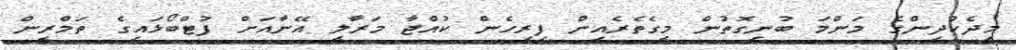
މިދެކުދިންގެ މަންމަ ބުނިގޮތުން މީގެތެރެއިން ފިރިހެން ކުއްޖާ މަރާލީ އޭނާއަށް ފުޓްބޯޅައިގެ ތަމްރީން